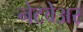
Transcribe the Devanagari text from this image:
नेटवेअर